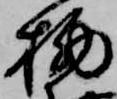
栖